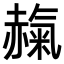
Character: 𧹵